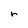
Character: r